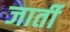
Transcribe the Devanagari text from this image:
जार्ती